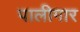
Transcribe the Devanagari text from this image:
पालीगार